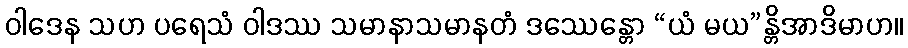
ဝါဒေန သဟ ပရေသံ ဝါဒဿ သမာနာသမာနတံ ဒဿေန္တော “ယံ မယ”န္တိအာဒိမာဟ။